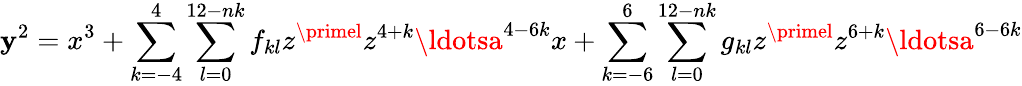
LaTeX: \mathbf{y}^{2}=x^{3}+\sum_{k=-4}^{4}\sum_{l=0}^{12-nk}f_{kl}z^{\primel}z^{4+k}\ldotsa^{4-6k}x+\sum_{k=-6}^{6}\sum_{l=0}^{12-nk}g_{kl}z^{\primel}z^{6+k}\ldotsa^{6-6k}